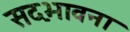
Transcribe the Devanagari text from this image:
सद़भावना